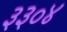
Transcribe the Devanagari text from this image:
३३०४